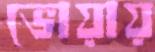
ভোয়ায়